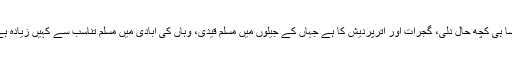
ایسا ہی کچھ حال دلّی، گجرات اور اترپردیش کا ہے جہاں کے جیلوں میں مسلم قیدی، وہاں کی آبادی میں مسلم تناسب سے کہیں زیادہ ہے۔